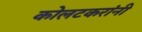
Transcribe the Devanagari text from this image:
कोलटकरांनी